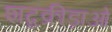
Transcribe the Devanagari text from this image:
शब्दक्रीड़ाओं